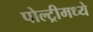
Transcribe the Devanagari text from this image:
पोल्ट्रीमध्ये